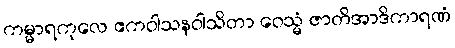
ကမ္မာရကုလေ ဧကဝါသနဝါသိတာ ဝေသ္မံ ဇာတိအာဒိကာရဏံ